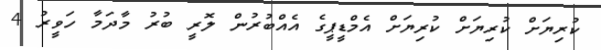
ކުރިޔަށް ކުރިޔަށް ކުރިޔަށް އެމްޑީޕީގެ އެއްބުރުން ލޮރީ ބުރު މާދަމާ ހަވީރު 4